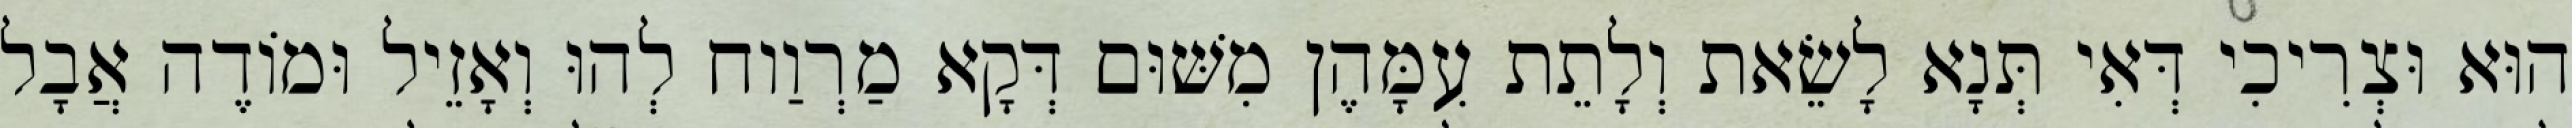
הוּא וּצְרִיכִי דְּאִי תְּנָא לָשֵׂאת וְלָתֵת עִמָּהֶן מִשּׁוּם דְּקָא מַרְוַוח לְהוּ וְאָזֵיל וּמוֹדֶה אֲבָל